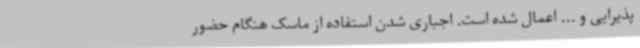
پذیرایی و ... اعمال شده است. اجباری شدن استفاده از ماسک هنگام حضور